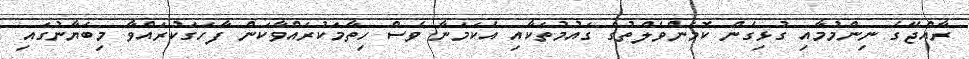
ރާއްޖޭގެ ނިންމުމާއި ގުޅިގެން ކޮމަންވެލްތުގެ ގައުމުތަކާއި އެކަމަނާ ވެސް ހިތާމަކުރައްވާކަން ފާހަގަކުރައްވާ މިބަޔާނުގައި